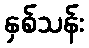
နှစ်သန်း